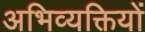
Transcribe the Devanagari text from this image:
अभिव्‍यक्तियों